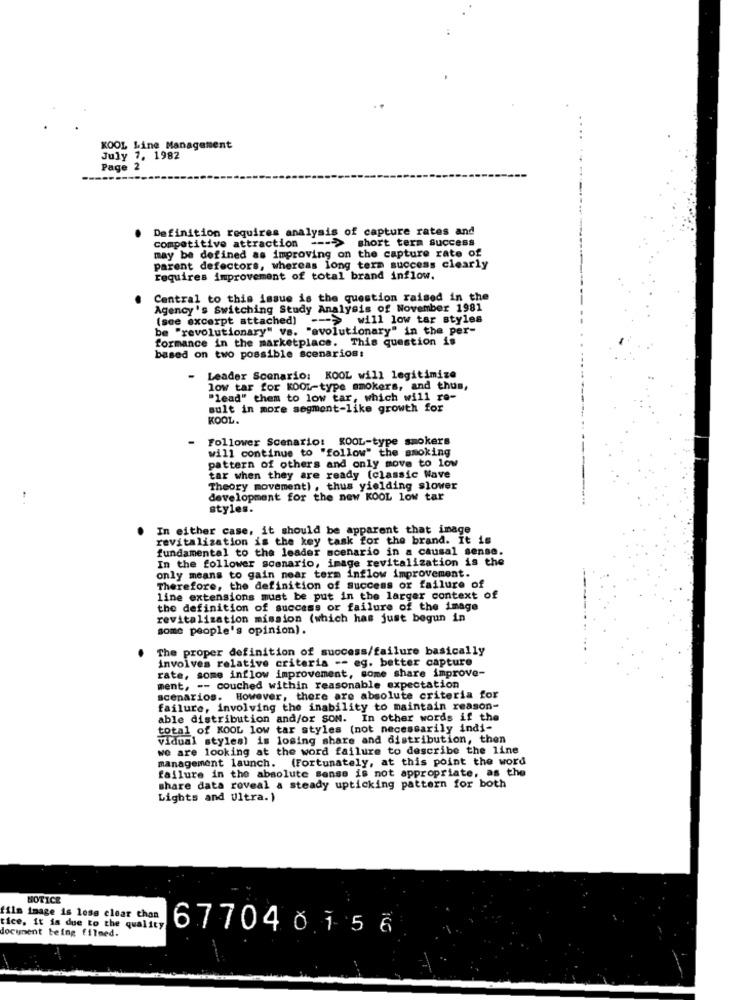
KOOL Line Management
July 7, 1982
Page 2
Definition requires analysis of capture rates and
competitive attraction --- > short term success
may be defined as improving on the capture rate of
parent defectors, whereas long term success clearly
requires improvement of total brand inflow.
Central to this issue is the question raised in the
Agency's Switching Study Analysis of November 1981
(see excerpt attached) -- > will low tar styles
be "revolutionary" vs. "evolutionary" in the per-
formance in the marketplace. This question is
based on two possible scenarios:
- Leader Scenario: KOOL will legitimize
low tar for KOOL-type smokers, and thus,
"lead" them to low tar, which will re-
sult in more segment-like growth for
KOOL.
Follower Scenario: KOOL-type smokers
will continue to "follow" the smoking
pattern of others and only move to low
tar when they are ready (classic Nave
Theory movement) , thus yielding slower
development for the new KOOL low tar
styles.
In either case, it should be apparent that image
revitalization is the key task for the brand. It is
fundamental to the leader scenario in a causal sense.
In the follower scenario, image revitalization is the
only means to gain near term inflow improvement.
Therefore, the definition of Success or failure of
line extensions must be put in the larger context of
the definition of success or failure of the image
revitalization mission (which has just begun in
some people's opinion).
The proper definition of success/failure basically
involves relative criteria -- eg. better capture
rate, some inflow improvement, some share improve-
ment, -- couched within reasonable expectation
scenarios. However, there are absolute criteria for
failure, involving the inability to maintain reason-
able distribution and/or SOM. In other words if the
total of KOOL low tar styles (not necessarily indi-
vidual styles) is losing share and distribution, then
we are looking at the word failure to describe the line
management launch. (Fortunately, at this point the word
failure in the absolute sense is not appropriate, as the
share data reveal a steady upticking pattern for both
Lights and Ultra. )
NOTICE
film image is less clear chan
tice. it is due to the quality
document being filmed.
677040156